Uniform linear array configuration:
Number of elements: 24
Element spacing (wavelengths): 0.75
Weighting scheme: hamming
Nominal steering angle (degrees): -15
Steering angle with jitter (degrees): -14.683
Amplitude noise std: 0.05
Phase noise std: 0.05

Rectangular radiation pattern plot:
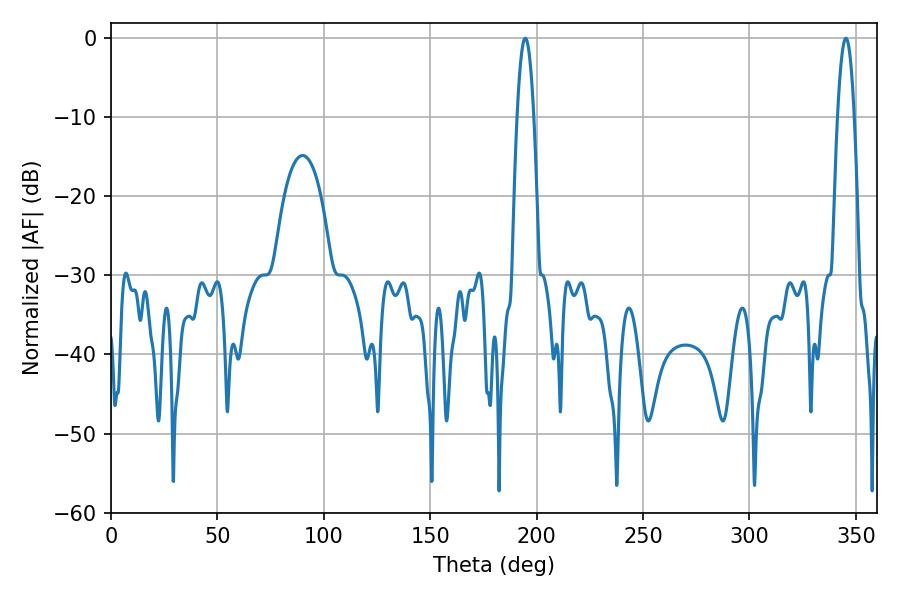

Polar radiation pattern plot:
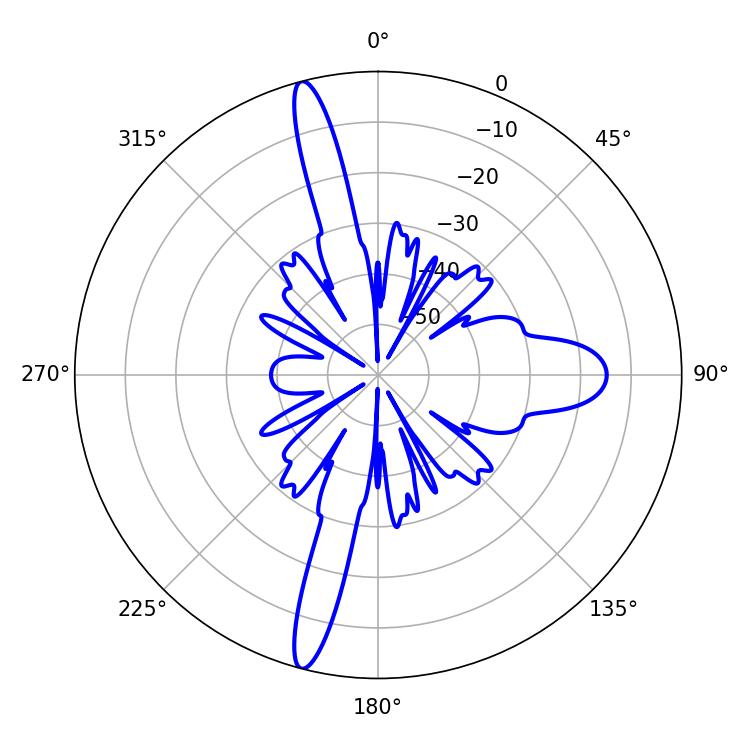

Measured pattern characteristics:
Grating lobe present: TRUE
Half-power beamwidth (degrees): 4.14
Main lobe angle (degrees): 345.24